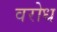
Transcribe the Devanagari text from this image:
वरोध